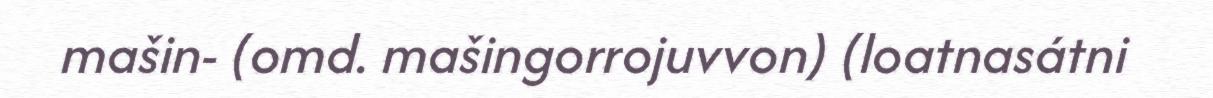
mašin- (omd. mašingorrojuvvon) (loatnasátni